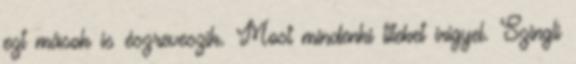
ezt mások is észreveszik. Most mindenki titeket irigyel. Szingli